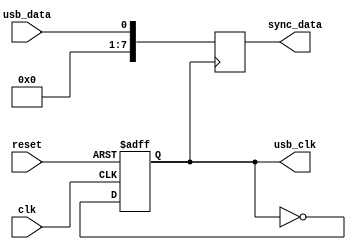
module USB_controller (
    input wire clk,
    input wire reset,
    input wire usb_data,
    output reg usb_clk,
    output reg [7:0] sync_data
);

// Timing control module for generating USB clock signal
always @(posedge clk or posedge reset) begin
    if (reset) begin
        usb_clk <= 0;
    end else begin
        usb_clk <= ~usb_clk;
    end
end

// Synchronization module for USB data streams
always @(posedge usb_clk) begin
    sync_data <= usb_data;
end

endmodule